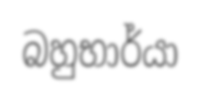
බහුභාර්යා